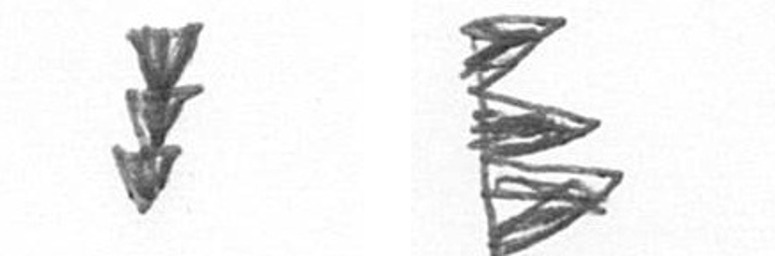
E H